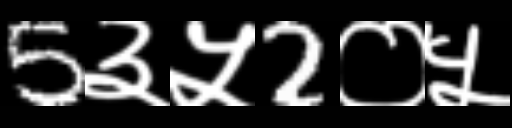
Text: 5३५2०५